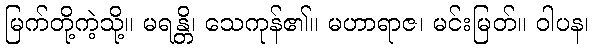
မြက်တို့ကဲ့သို့။ မရန္တိ၊ သေကုန်၏။ မဟာရာဇ၊ မင်းမြတ်။ ဝါပန၊